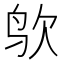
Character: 𪉁